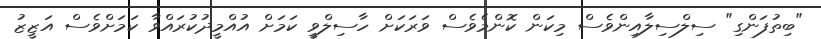
"ބިތުފަންގި" ސިލްސިލާއިންވެސް މިކަން ކޮންމެވެސް ވަރަކަށް ހާސިލްވީ ކަމަށް އުއްމީދުކުރައްވާ ކަމަށްވެސް އަޒީޒު